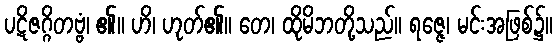
ပဋိဇဂ္ဂိတဗ္ဗံ၊ ၏။ ဟိ၊ ဟုတ်၏။ တေ၊ ထိုမိဘတို့သည်။ ရဇ္ဇေ၊ မင်းအဖြစ်၌။